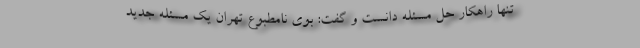
تنها راهکار حل مسئله دانست و گفت: بوی نامطبوع تهران یک مسئله جدید